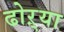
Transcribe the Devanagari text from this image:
ढोऱ्या